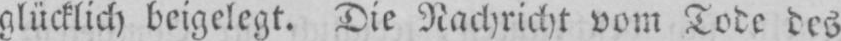
glücklich beigelegt. Die Nachricht vom Tode des